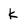
Character: k